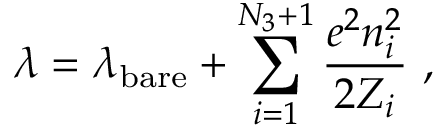
\lambda = \lambda _ { \mathrm { b a r e } } + \sum _ { i = 1 } ^ { N _ { 3 } + 1 } \frac { e ^ { 2 } n _ { i } ^ { 2 } } { 2 Z _ { i } } \ ,